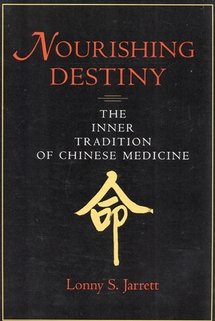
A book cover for Nourishing Destiny: The Inner Tradition of Chinese Medicine; Lonny S. Jarrett; Health, Fitness & Dieting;